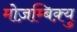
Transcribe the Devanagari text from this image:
मोज़म्बिक़्यु